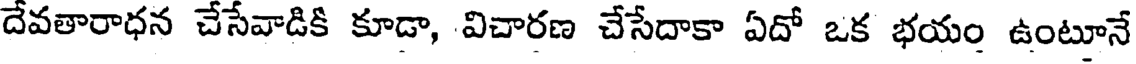
దేవతారాధన చేసేవాడికీ కూడా, విచారణ చేసేదాకా ఏదో ఒక భయం ఉంటూనే